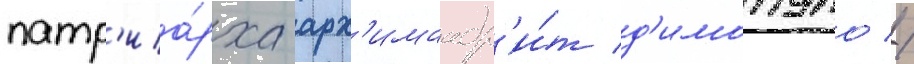
патр'иа́рха арх'имандр'и́т д'имопуло //